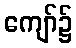
ကျော်၌